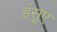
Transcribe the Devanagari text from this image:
हंसुए